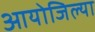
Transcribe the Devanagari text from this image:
आयोजिल्या